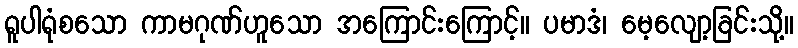
ရူပါရုံစသော ကာမဂုဏ်ဟူသော အကြောင်းကြောင့်။ ပမာဒံ၊ မေ့လျော့ခြင်းသို့။